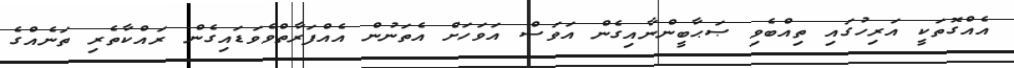
އެއްގޮތަކީ އަރިހުގައި ތިއްބެވި ޞަޙާބީންނާއިގެން އަވަސް އަވަހަށް އެތަނުން އެއްފަރާތްވެވަޑައިގެން ރައްކާތެރި ތަނެއްގެ